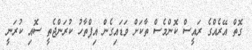
ގޮތް އޭރެއްގެ ރައީސް ކޮންމެސް ތާކަށް ވަޑައިގެން އިފްތާހު ކުރަންޖެތީ ސޮއި ކުރަނީ